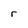
Character: r